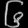
Digit: ၆